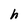
Character: h